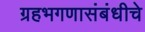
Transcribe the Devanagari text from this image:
ग्रहभगणासंबंधीचे